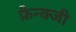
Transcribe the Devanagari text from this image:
फ्रैन्क्जी